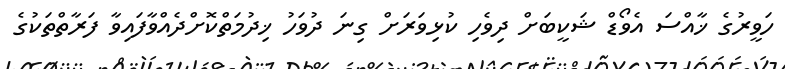
ހަވީރުގެ ޚާއްސަ އެވޯޑް ޝަކީބަށް ދިވެހި ކުޅިވަރަށް ގިނަ ދުވަހު ޚިދުމަތްކޮށްދެއްވާފައިވާ ފަރާތްތަކުގެ